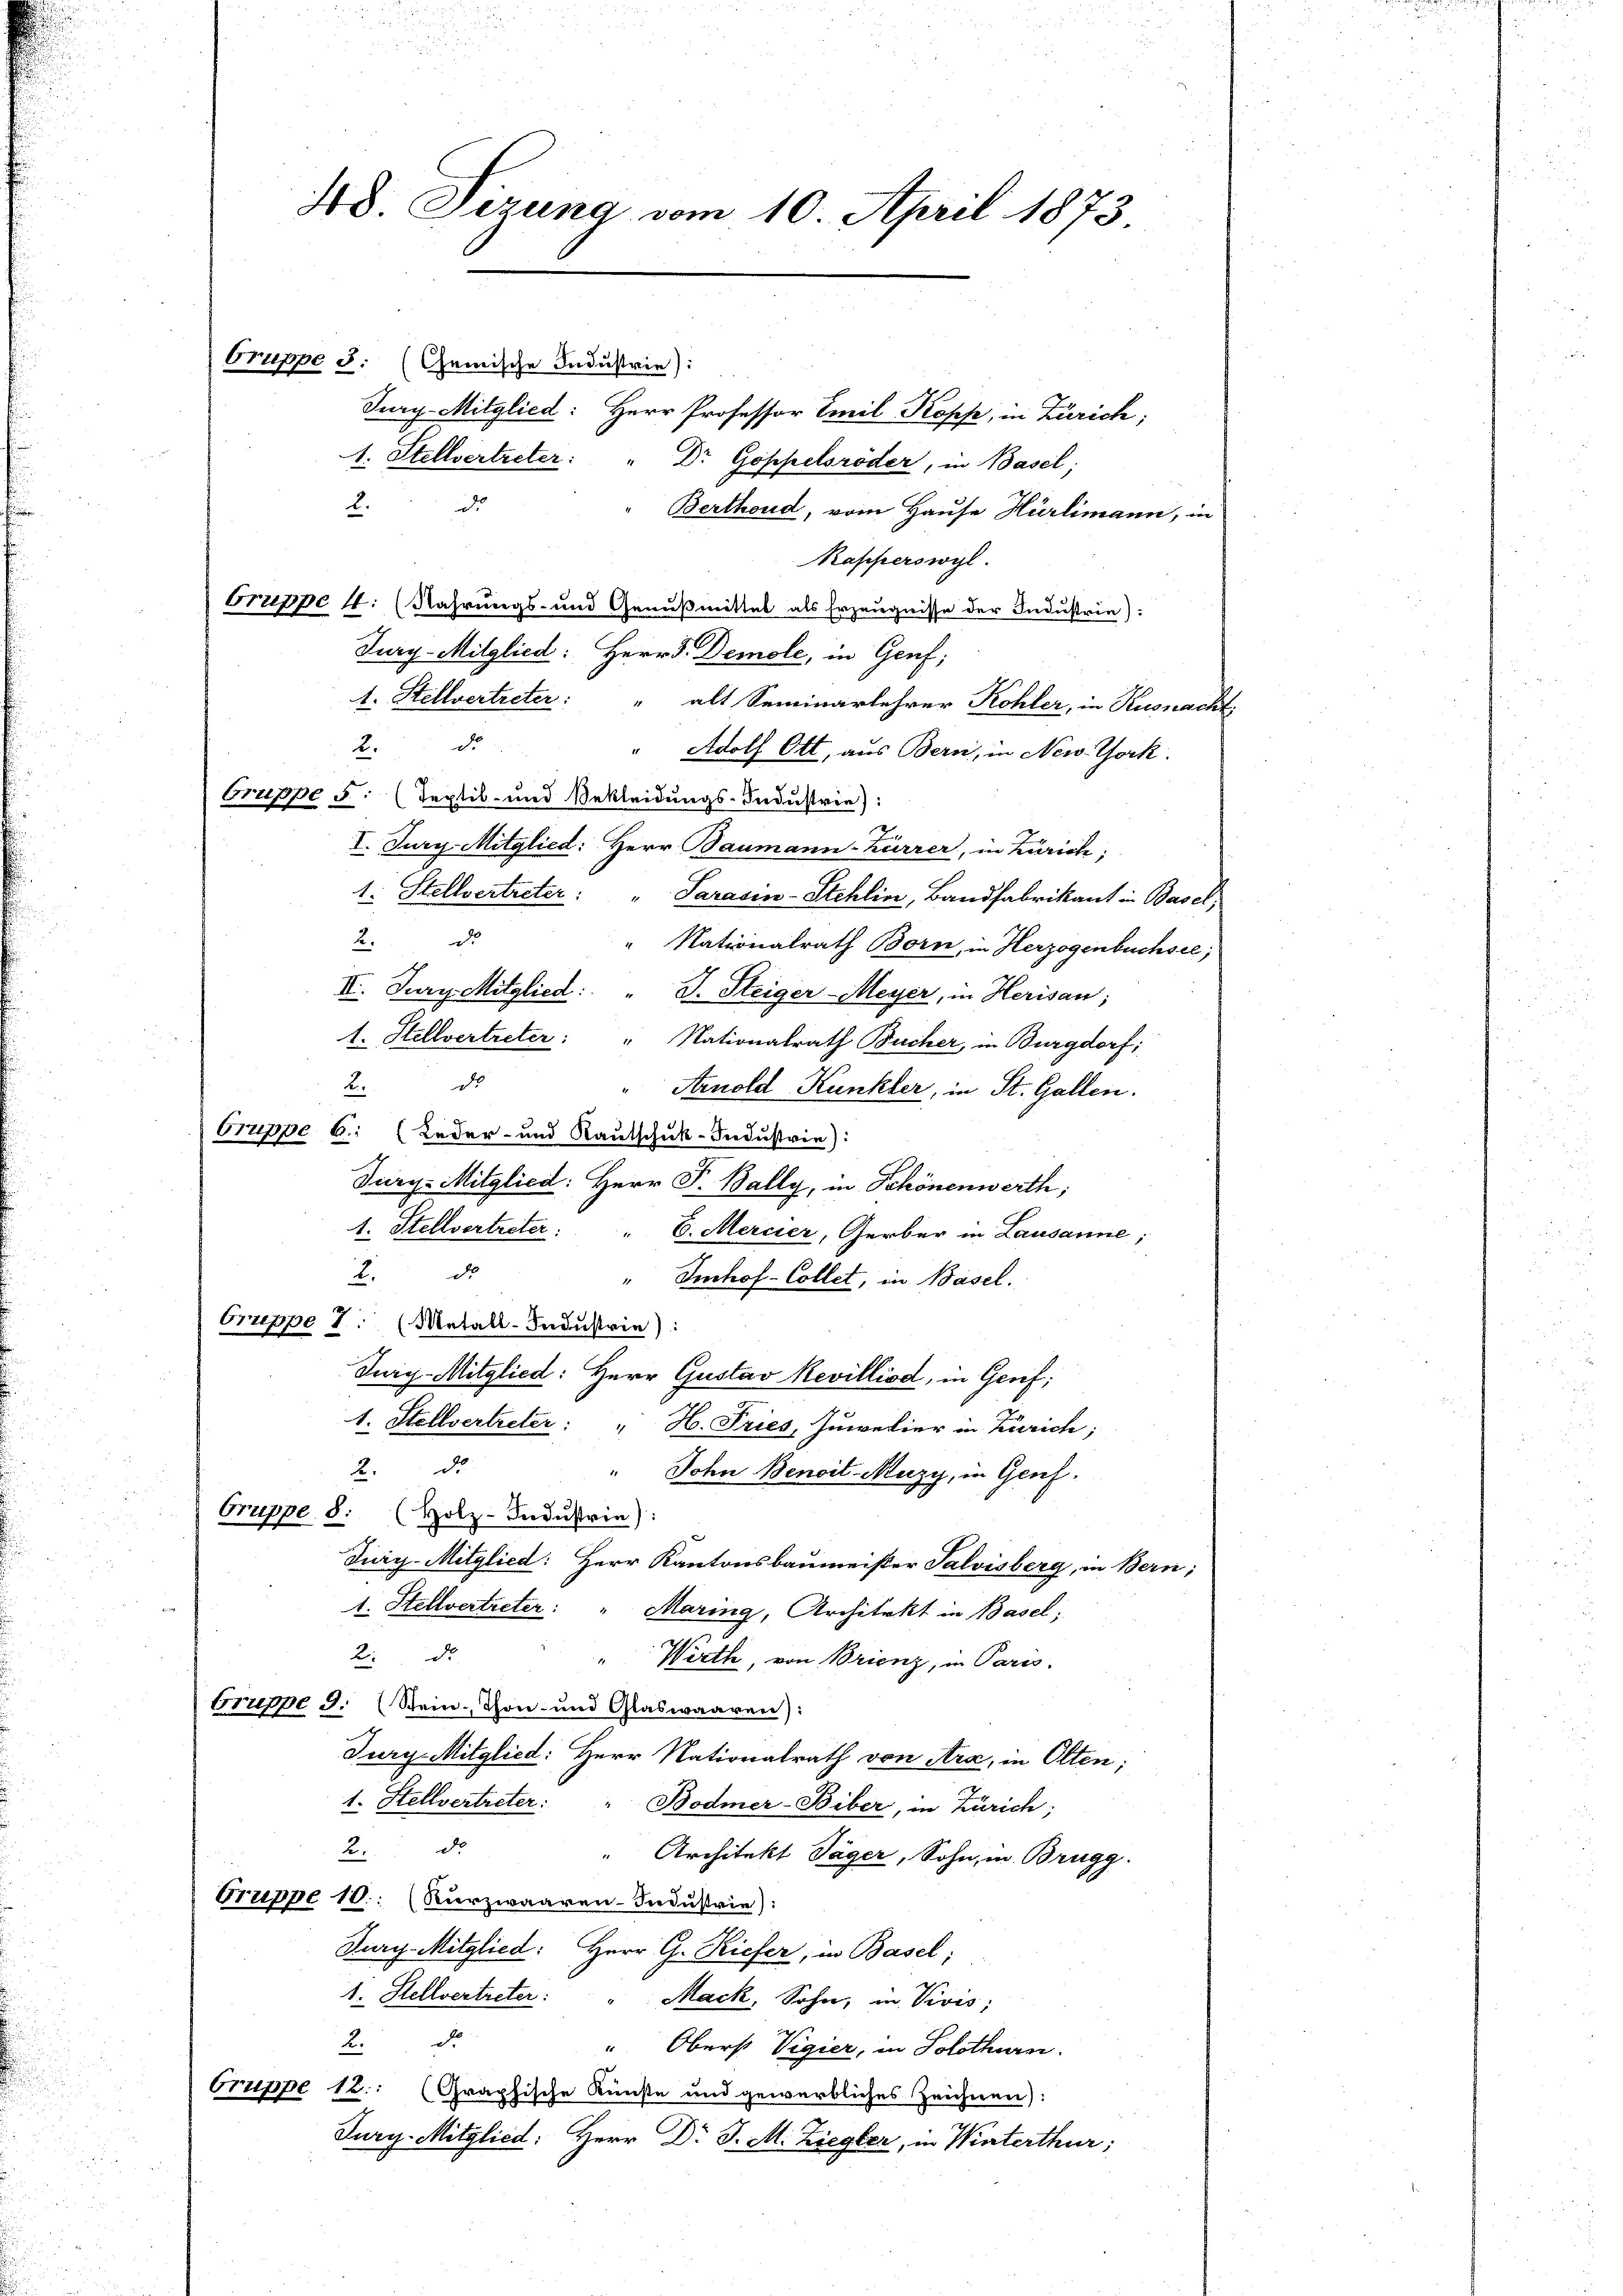
Gruppe 3. (Gemische Industrie):
Jury-Mitglied: Herr Professor Emil Kopfe, in Zürich;
1. Stellvertreter: " Dr. Göppelsröder, in Basel;
2. d.
Berthoud, vom Hause Hürlimann, in
Rapperswyl
Gruppe 4. (Nahrungs- und Genußmittel als Erzeugnisse der Industrie):
Jury-Mitglied: Herr D. Demole, in Genf,
1. Stellvertreter:
alt Seminarlehrer Kohler, in Küsnacht
2. d.
Adolf Ott, aus Bern, in New-York.
Gruppe 5: (Teptil- und Bekleidungs-Industrie):
I. Jury Mitglied: Herr Baumann-Kürrer, in Zürich;
1: Stellvertreter: " Sarasin-Stehlin, Bandfabrikant in Basel,
2. d.
" Nationalrath Born, in Herzogenbuchsee,
II. Jury. Mitglied: " J. Steiger-Meyer, in Herisau;
1. Stellvertreter: " Nationalrath Bucher, in Burgdorf;
K d
" Arnold Kunkler, in St. Gallen.
Gruppe 6: (Leder- und Rautschuk-Industrie):
Jury-Mitglied: Herr P. Bally, in Schönenwerth;
1. Stellvertreter: " 6. Mercier, Gerber in Lausanne;
K. de
" Imhof-Collet, in Basel.
Gruppe 2. (Metall-Industrie):
Jury-Mitglied: Herr Gustav Revilliod, in Genf;
1. Stellvertreter: " H. Tries, Juwelier in Zürich;
2.Dr.
John Benoit-Mazy, in Genf.
Gruppe. 8: (Holz-Indŭstrie):
Jury-Mitglied: Herr Kantonsbaumeister Salvisberg, in Bern;
1. Stellvertreter:
Maring, Architekt in Basel;
2de
" Wirth, von Brienz, in Paris.
Erreppe 3. (Stein-Thon- und Glaswaaren):
Jury Mitglied: Herr Nationalrath von Ara, in Olten;
1. Stellvertreter: " Bodmer-Biber, in Zürich;
2. de
" Architekt Jäger, Sohn, m. Brugg.
Orrippe 10. (Kurzwaaren-Industrie):
Jurg Mitglied: Herr G. Kiefer, in Basel;
1. Stellvertreter: " Mack, Sohn, in Vivis;
K.d.
" Oberst Vigier, in Solothurn.
bruppe 12. (Graphische Künste und gewerbliches Zeichnen):
Jury-Mitglied: Herr Dr J. M. Ziegler, in Winterthur;

48 Sizung vom 10. April 1873